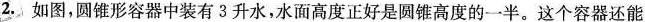
2.如图，圆锥形容器中装有3升水，水面高度正好是圆锥高度的一半。这个容器还能